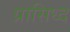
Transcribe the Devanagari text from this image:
प्रासिध्द